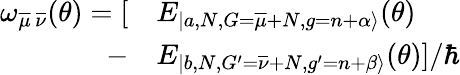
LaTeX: \begin{array}{rl}{\omega_{\overline{{\mu}}\, \overline{{\nu}}}(\theta)=[}&{{}E_{|a,N,G=\overline{{\mu}}+N,g=n+\alpha\rangle}(\theta)}\\ {-}&{{}E_{|b,N,G^{\prime}=\overline{{\nu}}+N,g^{\prime}=n+\beta\rangle}(\theta)]/{\hbar}}\end{array}